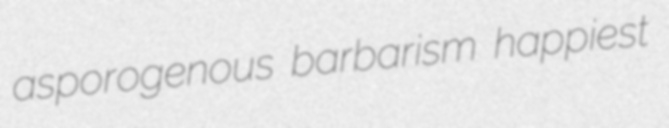
asporogenous barbarism happiest